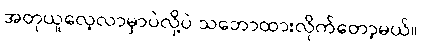
အတုယူလေ့လာမှာပဲလို့ပဲ သဘောထားလိုက်တော့မယ်။